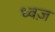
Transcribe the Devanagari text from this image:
ध्वज़